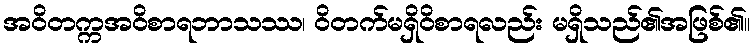
အဝိတက္ကအဝိစာရဘာသဿ၊ ဝိတက်မရှိဝိစာရလည်း မရှိသည်၏အဖြစ်၏။